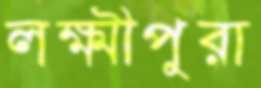
লক্ষ্মীপুরা